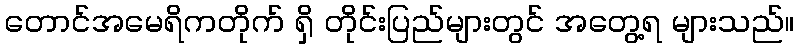
တောင်အမေရိကတိုက် ရှိ တိုင်းပြည်များတွင် အတွေ့ရ များသည်။